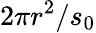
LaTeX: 2\pi r^{2}/s_{0}